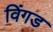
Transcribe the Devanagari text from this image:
विंगड